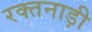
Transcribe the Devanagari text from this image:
रक्तनाड़ी